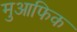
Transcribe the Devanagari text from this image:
मुआफिक